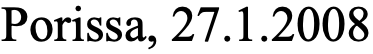
Porissa, 27.1.2008